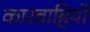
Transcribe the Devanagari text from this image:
कारवाहियों